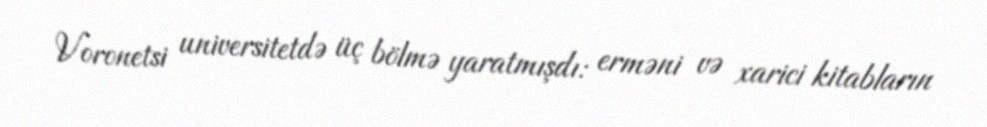
Voronetsi universitetdə üç bölmə yaratmışdı: erməni və xarici kitabların